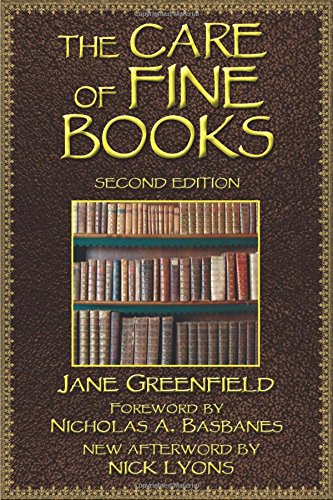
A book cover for The Care of Fine Books; Jane Greenfield; Crafts, Hobbies & Home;